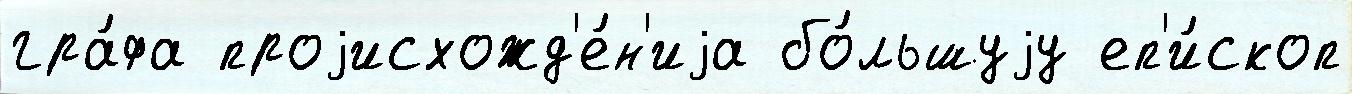
гра́фа проjисхожд'е́н'иjа бо́льшуjу еп'и́скоп